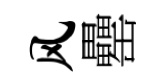
风罍